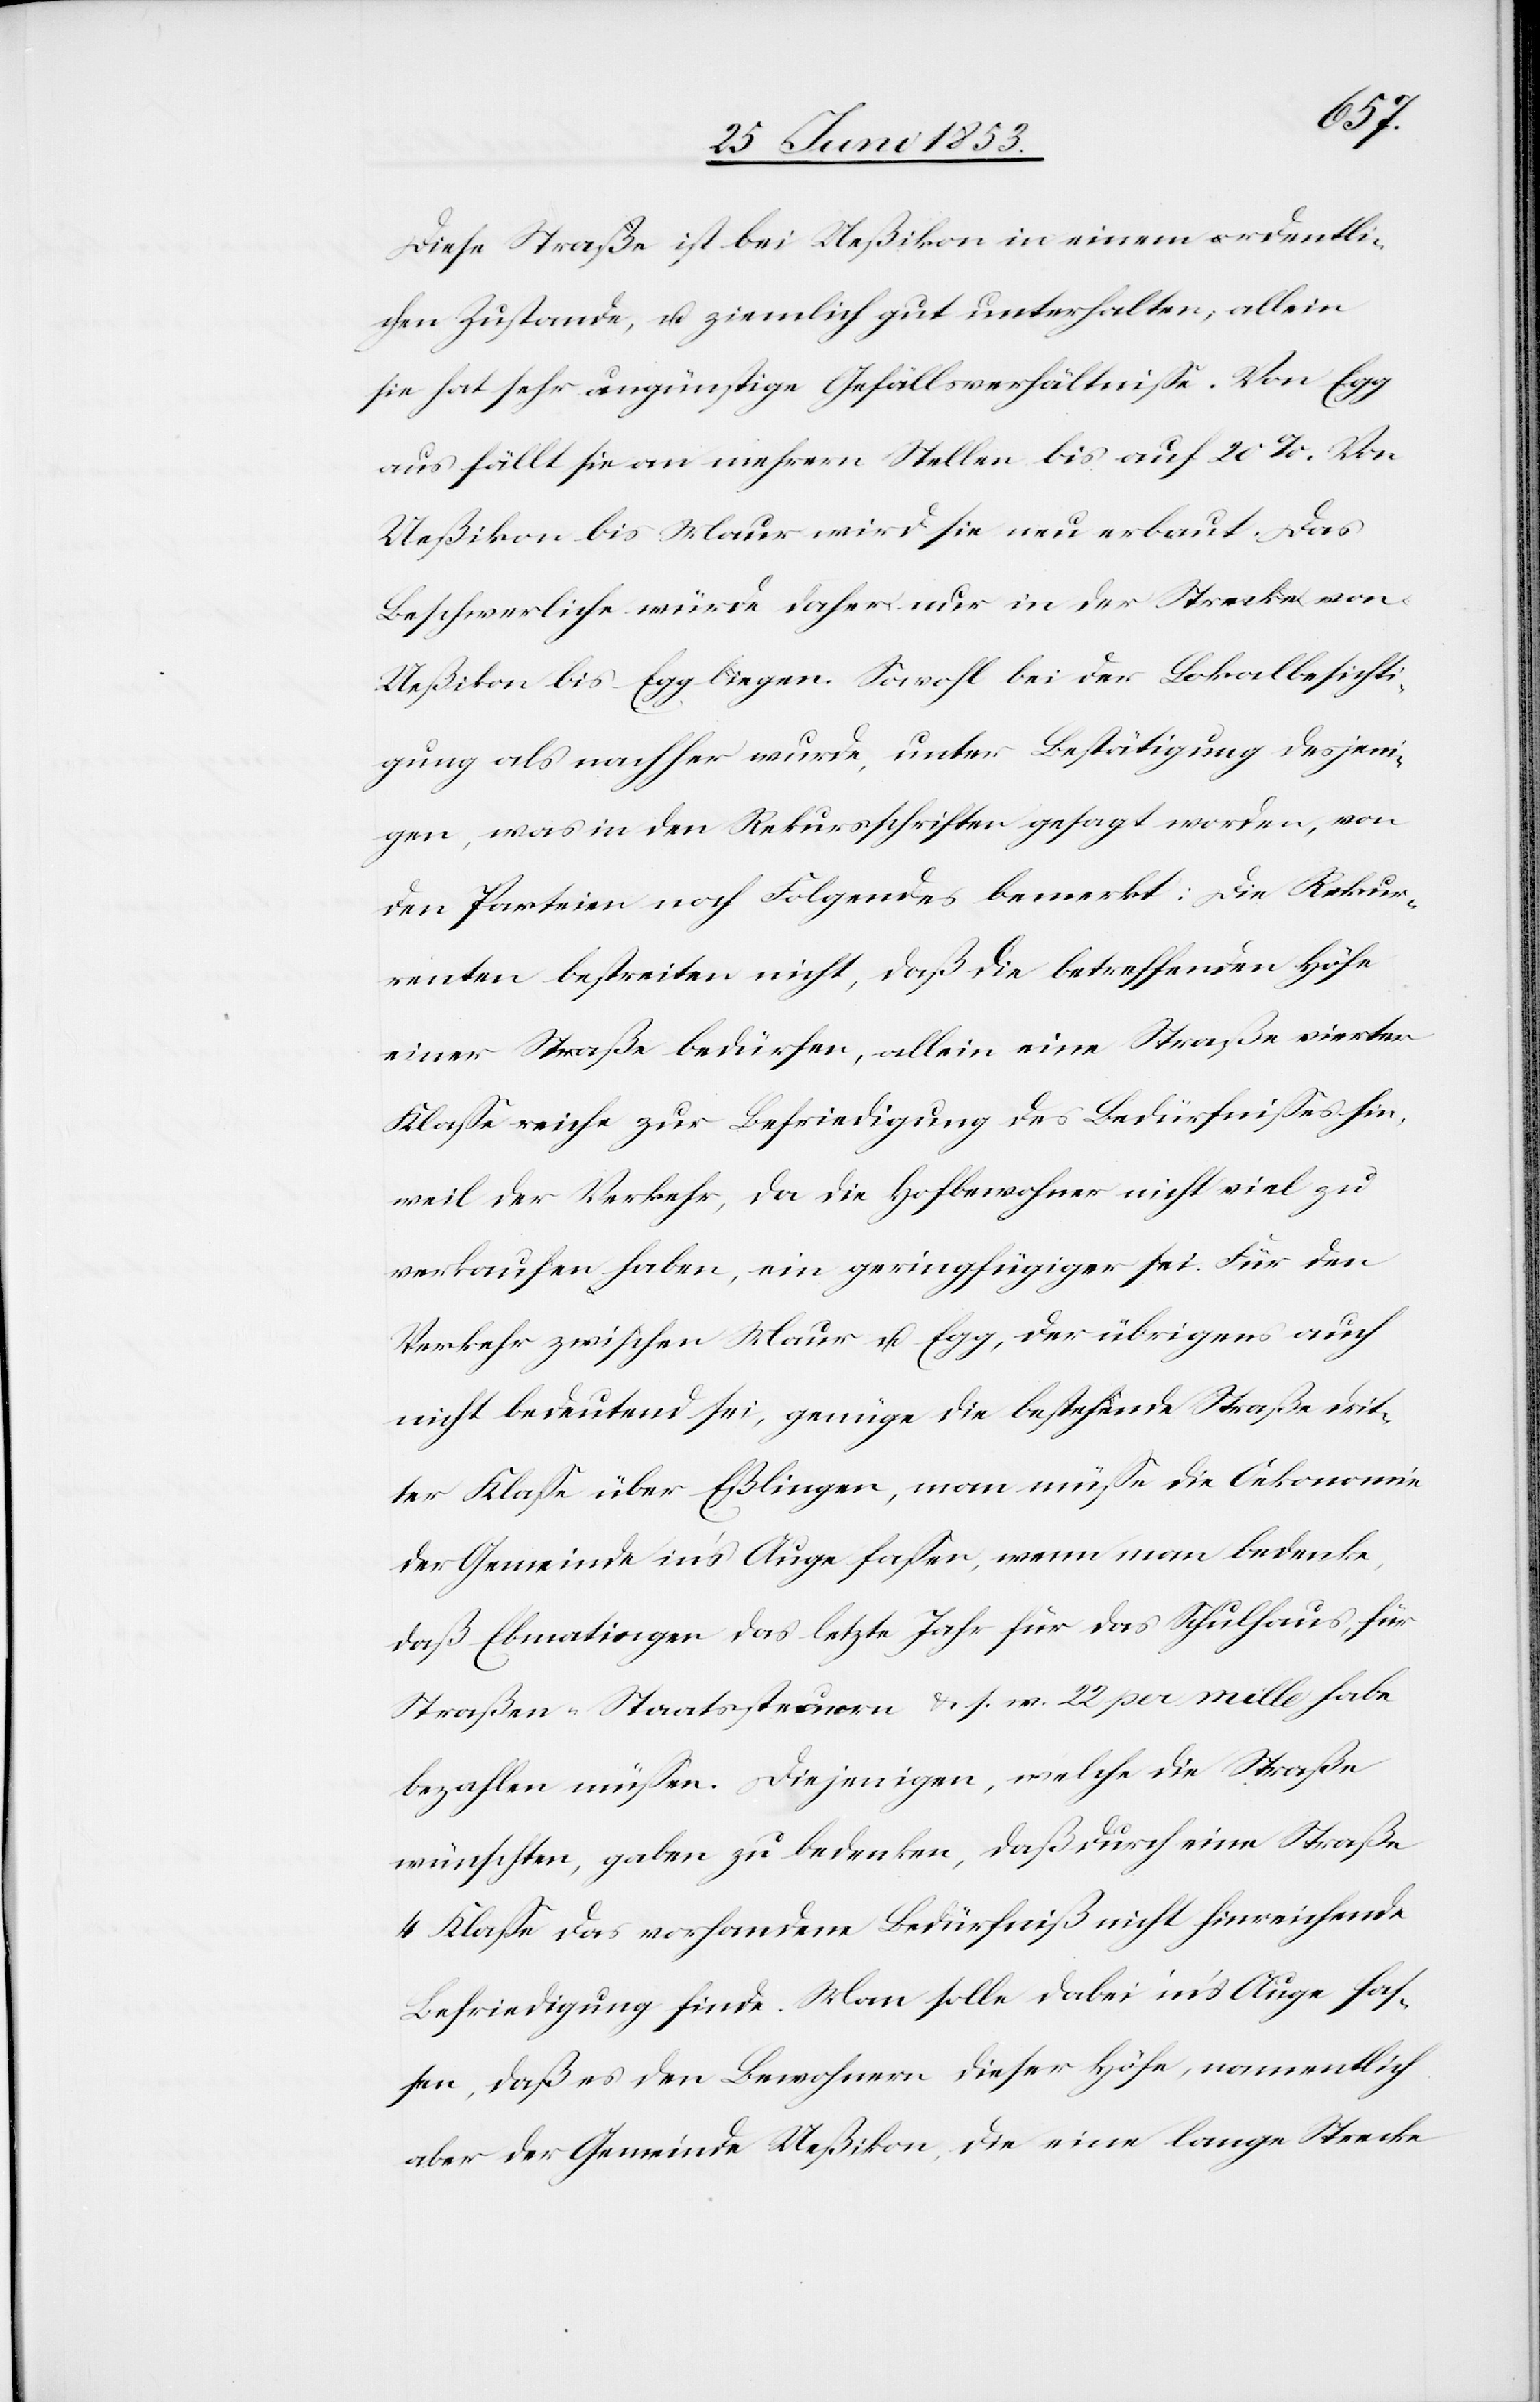
Diese Straße ist bei Ueßikon in einem ordentli¬
chen Zustande, u. ziemlich gut unterhalten, allein
sie hat sehr ungünstige Gefällsverhältniße. Von Egg
aus fällt sie an mehrern Stellen bis auf 20%. Von
Ueßikon bis Maur wird sie neu erbaut. Das
Beschwerliche würde daher nur in der Strecke von
Ueßikon bis Egg liegen. Sowohl bei der Lokalbesichti¬
gung als nachher wurde, unter Bestätigung desjeni¬
gen, was in den Rekursschriften gesagt worden, von
den Parteien noch Folgendes bemerkt: Die Rekur¬
renten bestreiten nicht, da die betreffenden Höfe
einer Straße bedürfen, allein eine Straße vierter
Klaße reiche zur Befriedung des Bedürfnißes hin,
weil der Verkehr, da die Hofbewohner nicht viel zu
verkaufen haben, ein geringfügiger sei. Für den
Verkehr zwischen Maur u. Egg, der übrigens auch
nicht bedeutend sei, genüge die bestehende Straße drit¬
ter Klaße über Eßlingen, man müße die Oeokonomie
der Gemeinde in’s Auge faßen, wenn man bedenke,
daß Ebmantingen das letzte Jahr für das Schulhaus, für
Straßen-Staatssteuern u. s. w. 22 pro mille habe
bezahlen müßen. Diejenigen, welche die Straße
wünschten, gaben zu bedenken, daß durch eine Straße
4 Klaße das vorhandene Bedürfniß nicht hinreichende
Befriedigung finde. Man solle dabei in’s Auge faß¬
en, daß es den Bewohnern dieser Höfe, namentlich
aber der Gemeinde Ueßikon, die eine lange Strecke